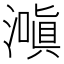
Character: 𬉌